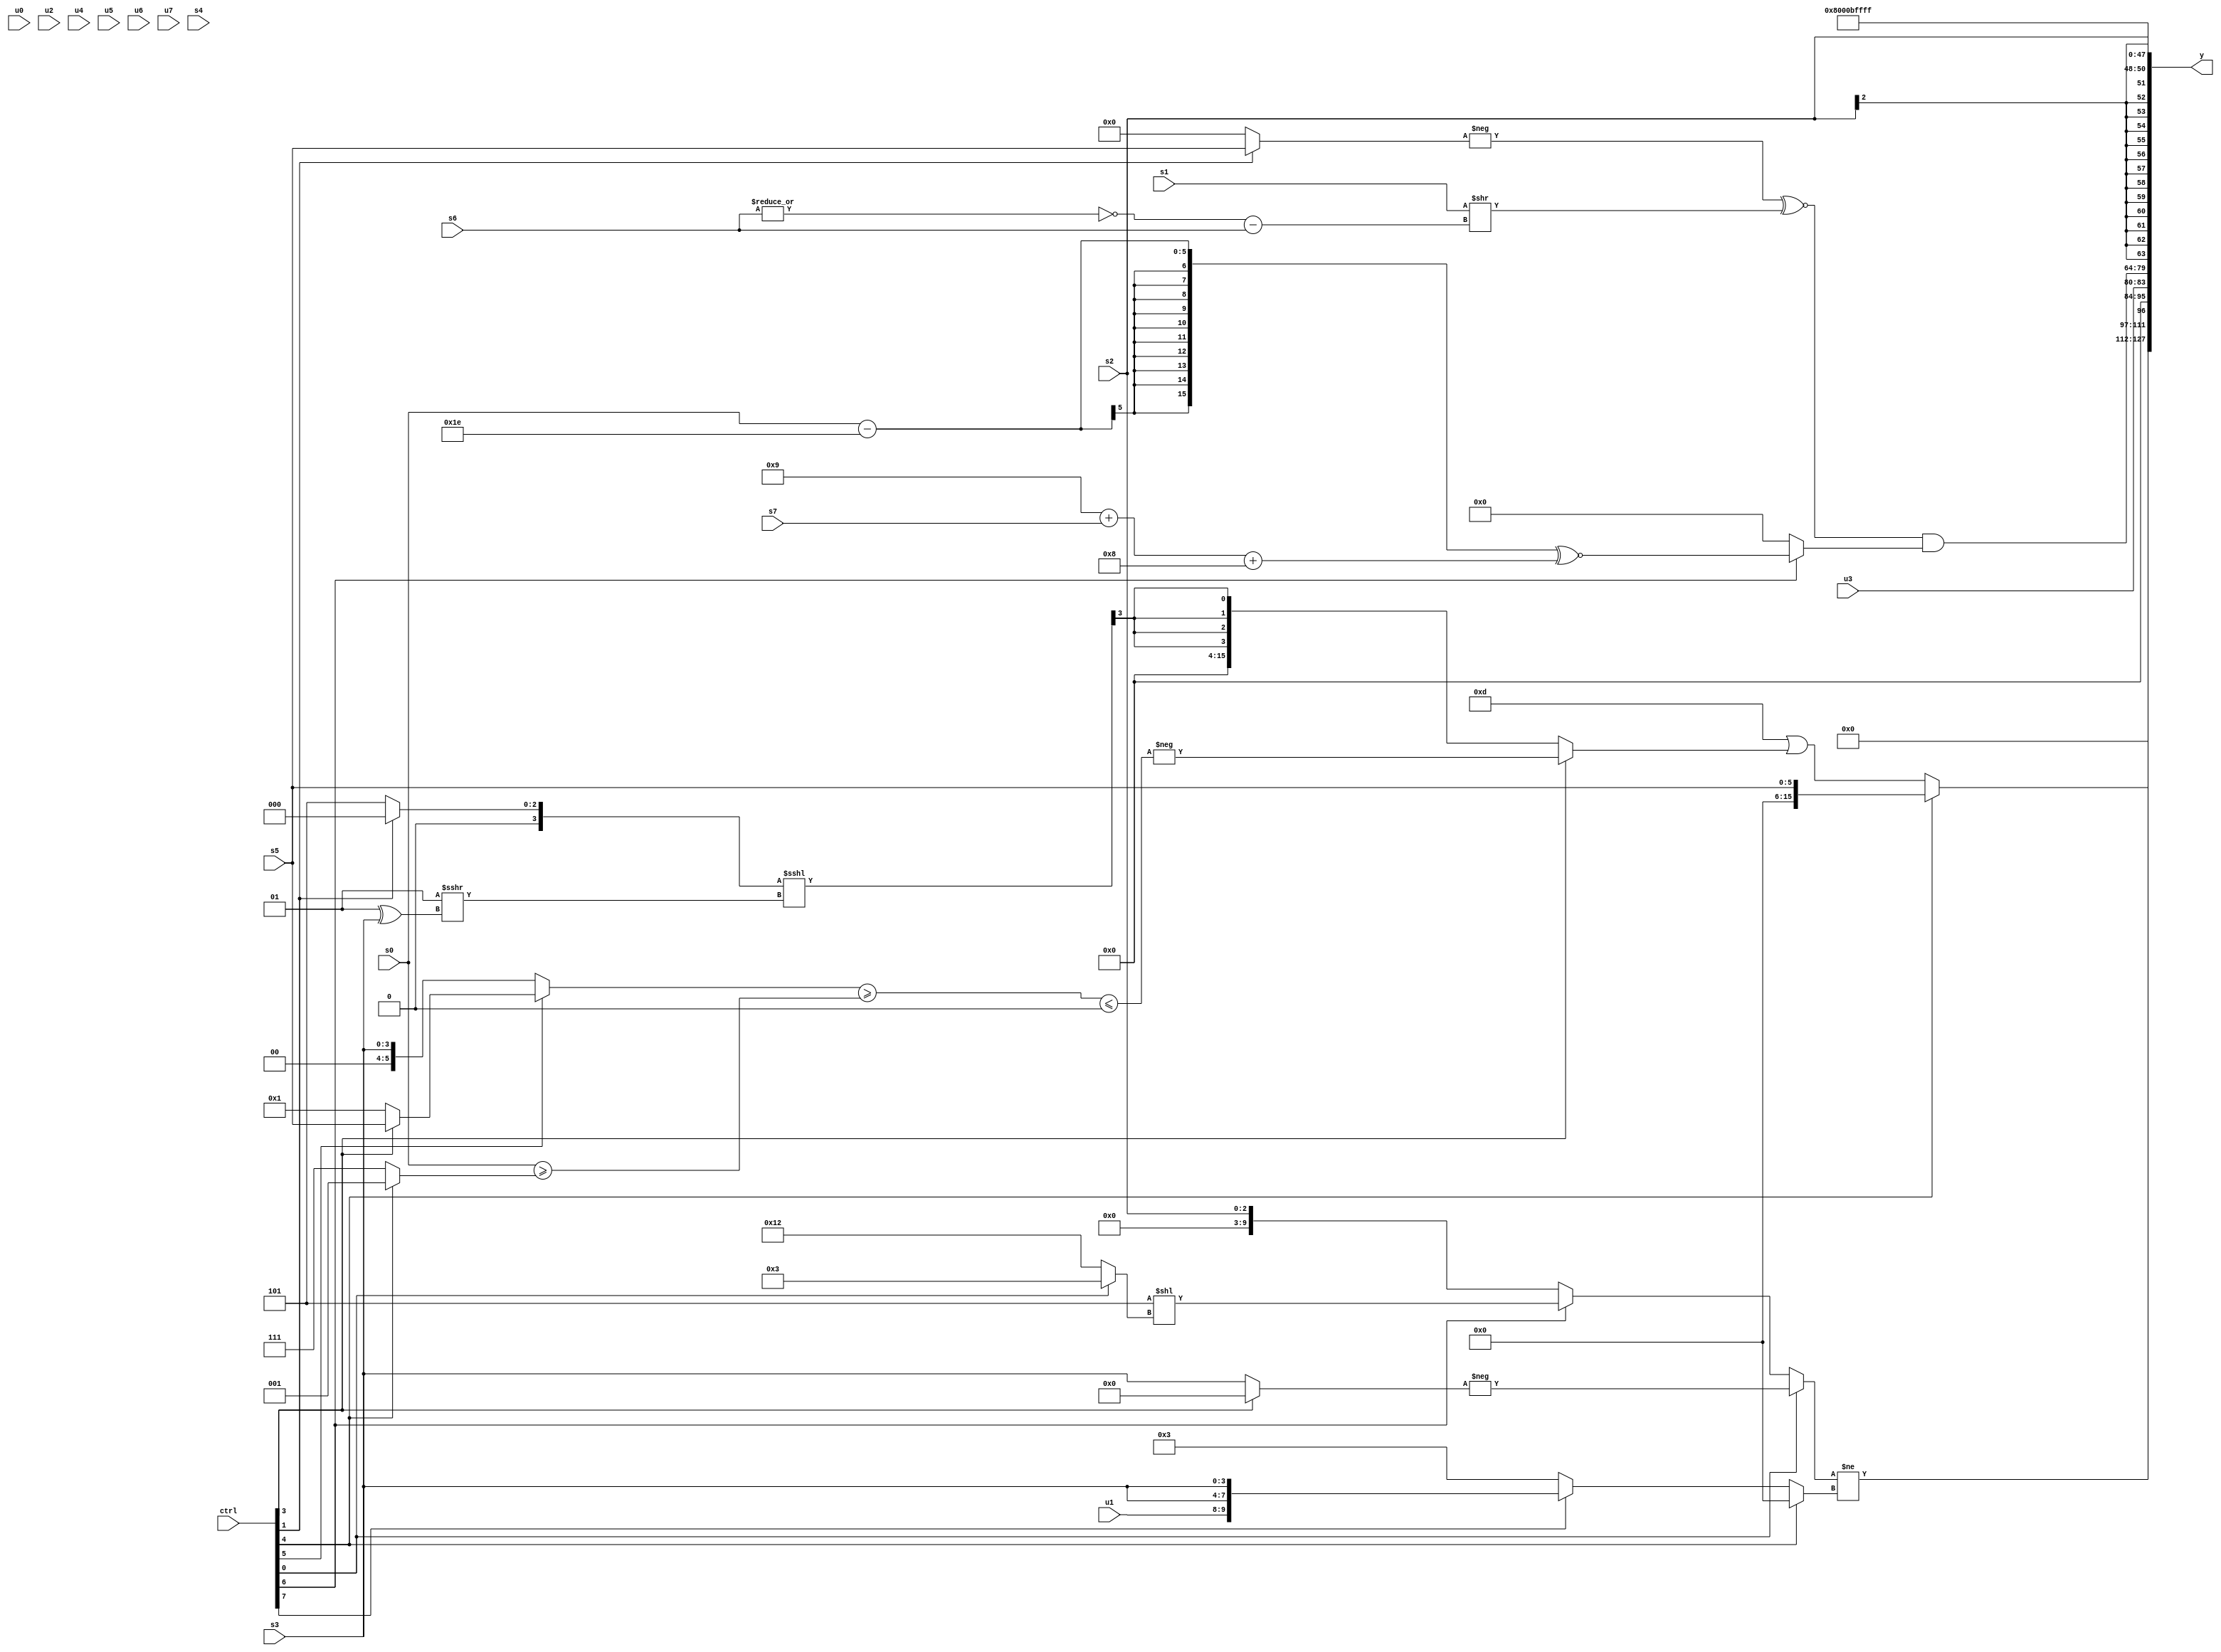
module wideexpr_00182(ctrl, u0, u1, u2, u3, u4, u5, u6, u7, s0, s1, s2, s3, s4, s5, s6, s7, y);
  input [7:0] ctrl;
  input [0:0] u0;
  input [1:0] u1;
  input [2:0] u2;
  input [3:0] u3;
  input [4:0] u4;
  input [5:0] u5;
  input [6:0] u6;
  input [7:0] u7;
  input signed [0:0] s0;
  input signed [1:0] s1;
  input signed [2:0] s2;
  input signed [3:0] s3;
  input signed [4:0] s4;
  input signed [5:0] s5;
  input signed [6:0] s6;
  input signed [7:0] s7;
  output [127:0] y;
  wire [15:0] y0;
  wire [15:0] y1;
  wire [15:0] y2;
  wire [15:0] y3;
  wire [15:0] y4;
  wire [15:0] y5;
  wire [15:0] y6;
  wire [15:0] y7;
  assign y = {y0,y1,y2,y3,y4,y5,y6,y7};
  assign y0 = (ctrl[4]?s5:(6'sb001101)|((ctrl[3]?-((+(((ctrl[5]?(ctrl[3]?s5:5'b00001):{s3}))>=((s0)>=((ctrl[4]?2'b01:4'b0111)))))<=(((-((s2)^(2'sb00)))<<<((ctrl[1]?(ctrl[5]?2'b00:s6):$unsigned(3'sb011))))>>(4'b1001))):$signed(+((((ctrl[1]?(ctrl[5]?3'sb000:1'sb0):$signed(4'sb0101)))<<<((-(2'sb11))>>>((3'sb001)^(s3))))>>>($signed($unsigned(5'sb10100))))))));
  assign y1 = ((ctrl[0]?-($signed((ctrl[3]?2'sb00:s3))):(ctrl[6]?(+(3'b101))<<((ctrl[0]?3'sb011:6'sb010010)):$signed($unsigned(s2)))))!=((ctrl[4]?(((s1)&(s2))&((s4)<<<(2'sb11)))>>(6'b101100):(ctrl[7]?+({u1,s3,s3}):3'sb011)));
  assign y2 = u3;
  assign y3 = ((-(((ctrl[1]?s5:3'sb000))>>((u3)<<<(6'sb111000))))^~((s1)>>((~|(s6))-($unsigned(s6)))))&((ctrl[6]?((s0)-(5'sb11110))^~(((4'sb1001)+(s7))+(+(5'sb01000))):+(-((u0)>>(4'sb0010)))));
  assign y4 = s2;
  assign y5 = 4'b1000;
  assign y6 = 5'b01011;
  assign y7 = 1'sb1;
endmodule